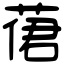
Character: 𦴨